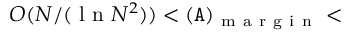
{ \cal O } ( N / ( \mathrm { ~ l ~ n ~ } N ^ { 2 } ) ) < \tt ( A ) _ { \mathrm { ~ m ~ a ~ r ~ g ~ i ~ n ~ } } <